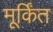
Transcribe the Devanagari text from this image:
मूर्किंत